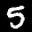
Label: 5